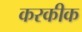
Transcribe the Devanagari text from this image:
करकीक